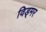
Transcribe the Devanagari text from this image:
विड्मर